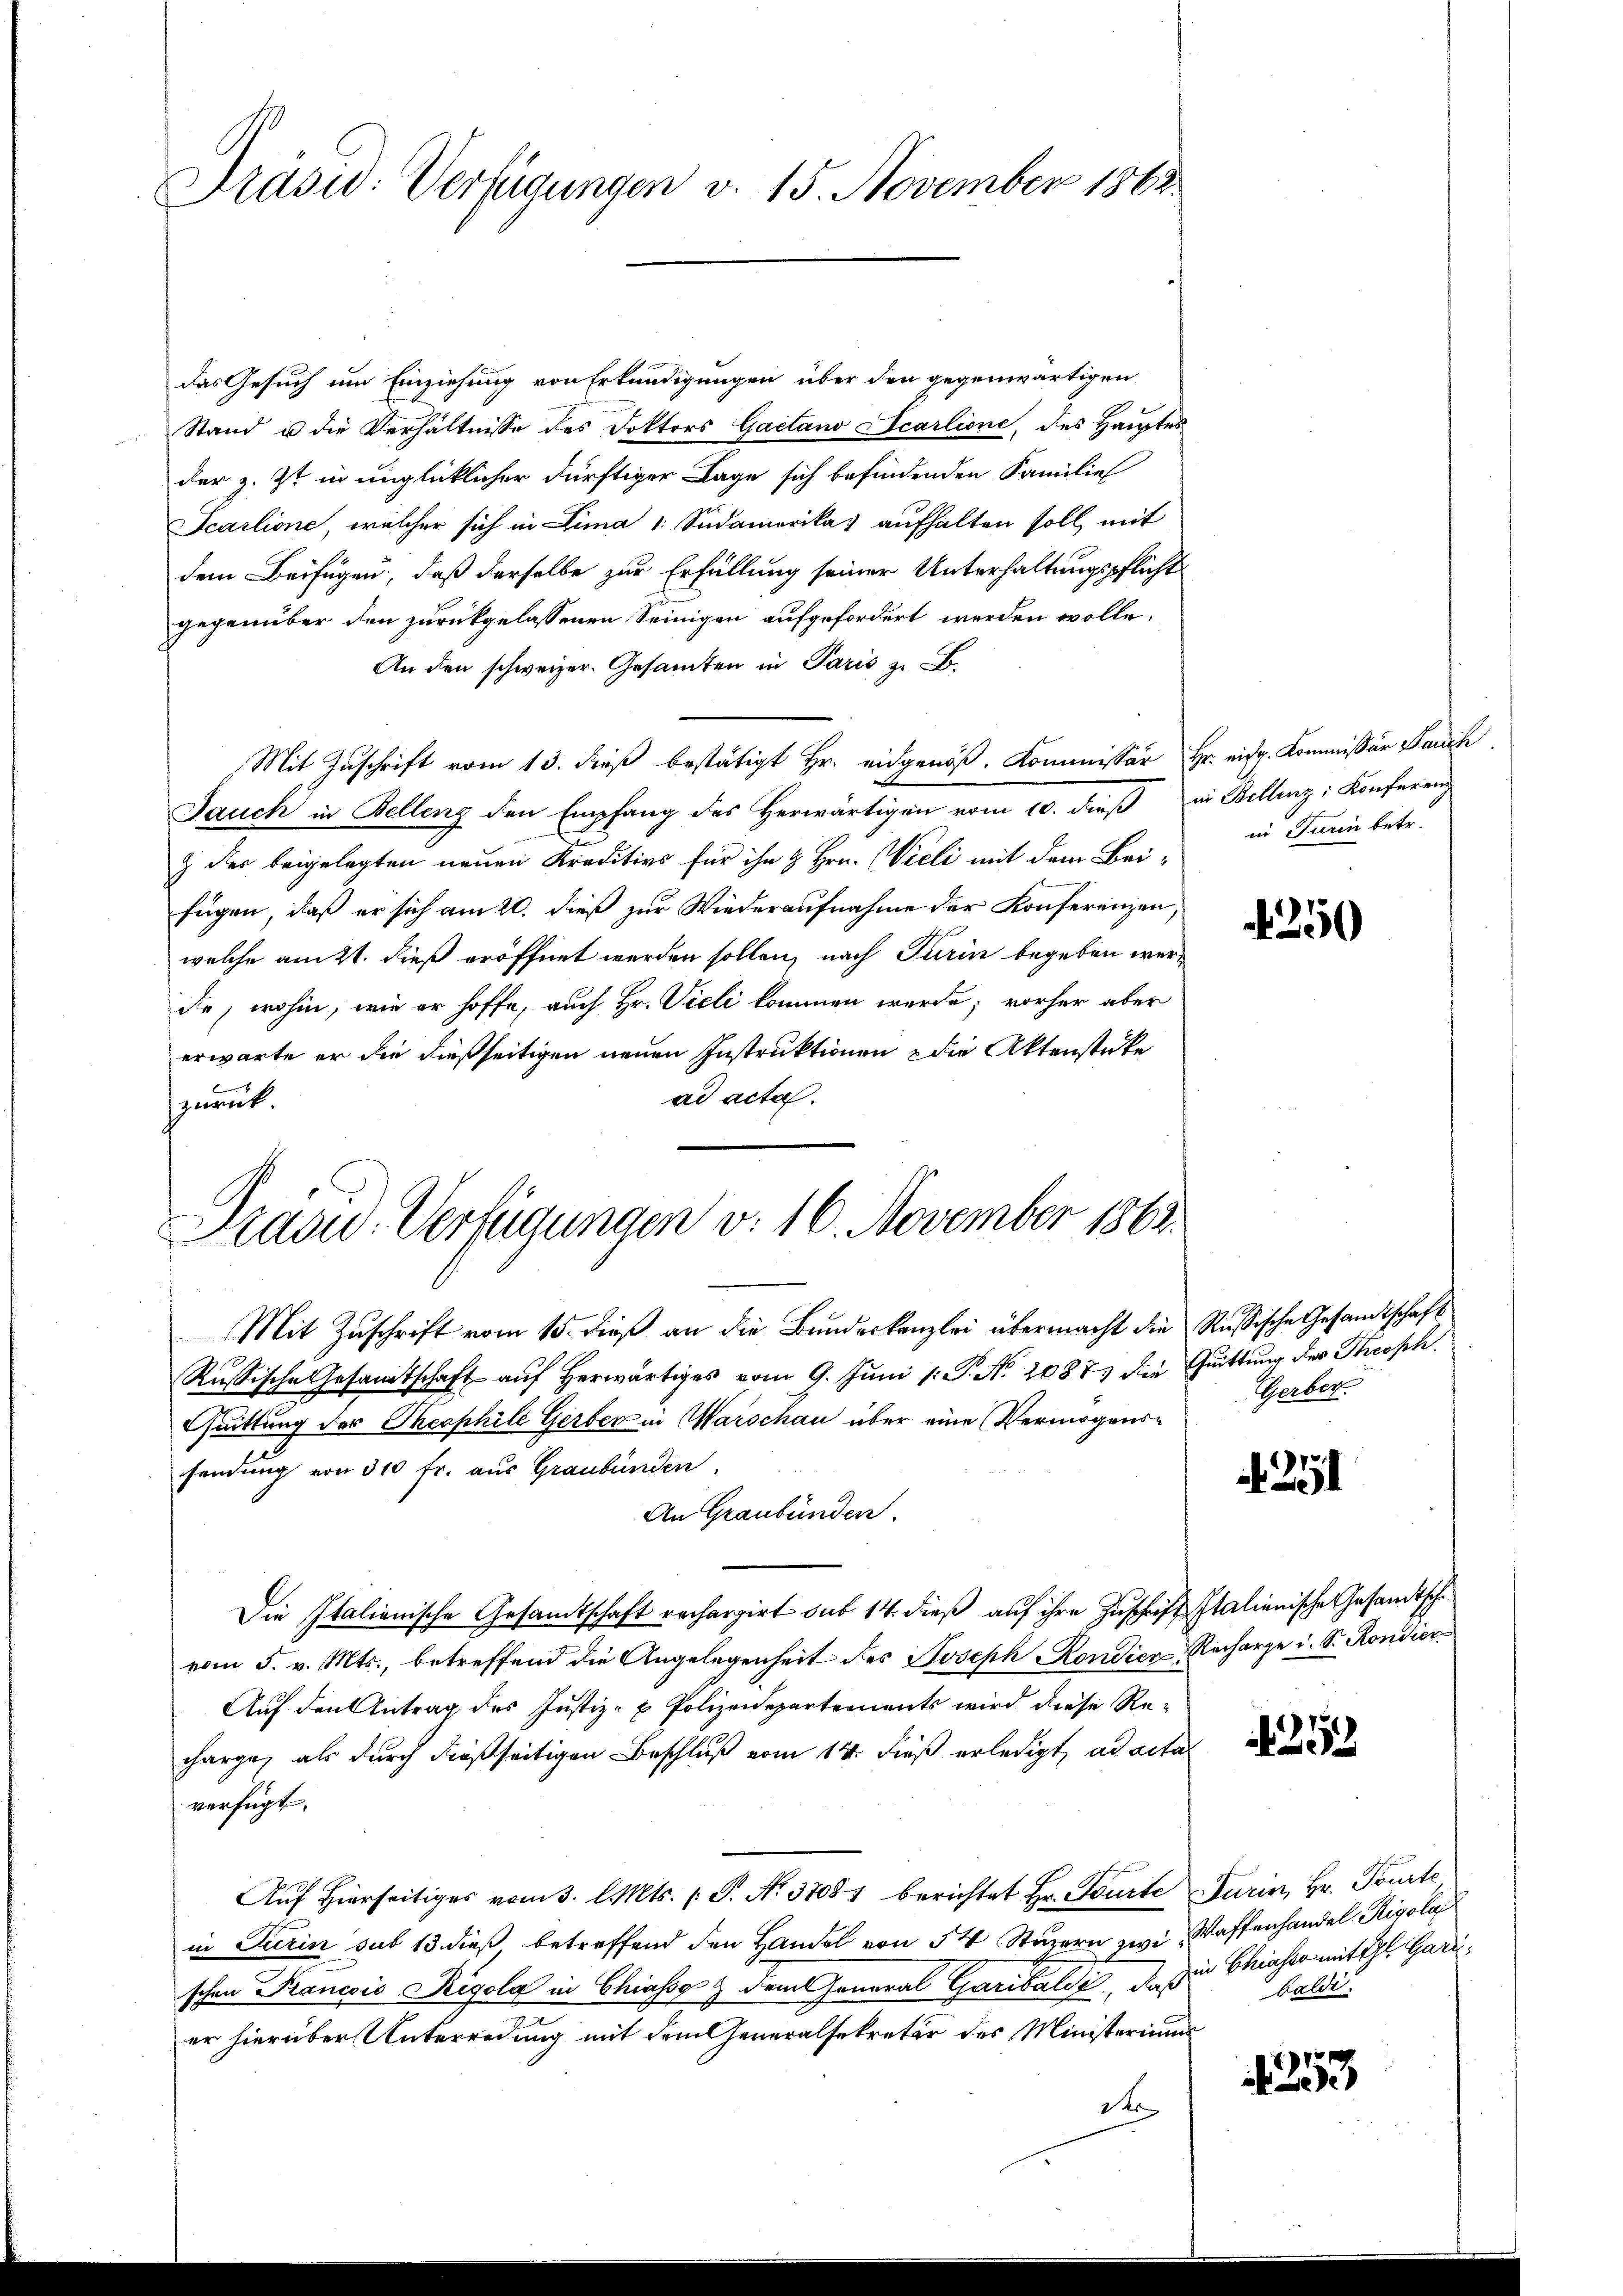
Präsid: Verfügungen v. 15. November 1862

das Gesuch um Einziehung von Erkundigungen über den gegenwärtigen
Stand u die Verhältnisse des Doktors Gaetano Scarlione, des Hauptes
der z. Zt. in unglücklicher dürftiger Lage sich befindenden Familie
Scarlione, welcher sich in Lima 1. Südamerika) aufhalten soll, mit
dem Beifügen, daß derselbe zur Erfüllung seiner Unterhaltungspflicht
gegenüber den zurückgelassenen Seinigen aufgefordert werden wolle.
An den schweizer. Gesamten in Paris zu Fr
Mit Zuschrift vom 13. dieß bestätigt Hr. eidgenöß. Kommissär Hr. eidg. Kommissär Bauch
Jauch in Bellenz den Empfang des Herwärtigen vom 10. dieß in Bellenz, Konferenz
& der beigelegten neuen Kreditivs für ihn & Hrn. Wieli mit dem Bei- in Turin betr.
fügen, daß er sich am 20. dieß zur Wiederaufnahme der Konferenzen,
welche am 21. dieß eröffnet werden sollen, nach Turin begeben werdie, wohin, wie er hoffe, auch Hr. Vieli kommen werde; vorher aber
erwarte er die dießseitigen neuen Instruktionen die Aktenstücke
ad acta.
nat.

Präsid.- Verfügungen v. 16. November 1862.

Mit Zuschrift vom 15. dieß an die Bundeskanzlei übermacht die Rußische Gesandtschaft
Russische Gesandtschaft aŭf herwärtiges vom 9. Juni l. P. Nr. 20873 die Quittung des Theoph.
huittung der Theophile Gerber in Marschau über eine Vermögenssendung von 300 fr. aus Graubünden.
An Graubünden.
Die Italienische Gesandtschaft rechargirt sub 14. dieß auf ihre Zuschrift Italienische Gesandtsche
vom 5. v. Mts., betreffend die Angelegenheit des Joseph Rondien Recharge u. S. Rondier
Auf den Antrag des Justiz- & Polizeidepartements wird diese Re-
charge, als durch dießseitigen Beschluß vom 14. dieß erledigt, ad acta
verfügt:
Aŭf Hierseitiges vom 3. l. Mts. (T. No. 37081 berichtet Hr. Tourte Turin, Hr. Tourte
in Turin sub 13 dieß betreffend den Handel von 54 Stuzern zwi Waffenhandel Rigola
schen Francois Rigola in Chiassg & dem General Garibalde, da in Chiaher mit Thl. Gadeer hierüber Unterredung mit dem Generalsekretär des Ministeriums
der

250

Gerber.

251

215

baldi

4253